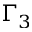
\Gamma _ { 3 }